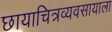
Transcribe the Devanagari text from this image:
छायाचित्रव्यवसायाला